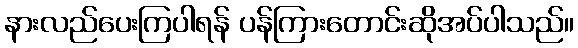
နားလည်ပေးကြပါရန် ပန်ကြားတောင်းဆိုအပ်ပါသည်။